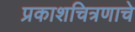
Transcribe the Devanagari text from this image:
प्रकाशचित्रणाचे